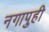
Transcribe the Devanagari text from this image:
नगापुही